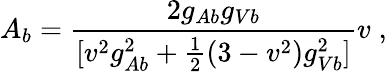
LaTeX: A_{b}=\frac{2g_{Ab}g_{Vb}}{[v^{2}g_{Ab}^{2}+\frac{1}{2}(3-v^{2})g_{Vb}^{2}]}v\; ,